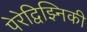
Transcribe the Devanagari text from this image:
पेरेद्विझ्निकी